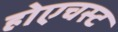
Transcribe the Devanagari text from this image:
होएचस्ट